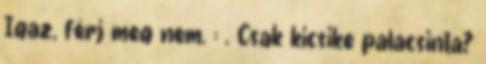
Igaz, férj meg nem. : . Csak kicsike palacsinta?